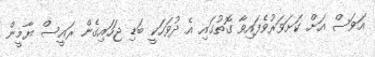
އަވަސް އަށް ކަށަވަރުވެފައިވާ ގޮތުގައި އެ ދުވަހަކީ ބަޑި ޖަހައިގެން ރައީސް ޔާމީން